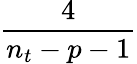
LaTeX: \frac{4}{n_{t}-p-1}